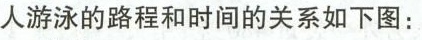
人游泳的路程和时间的关系如下图：